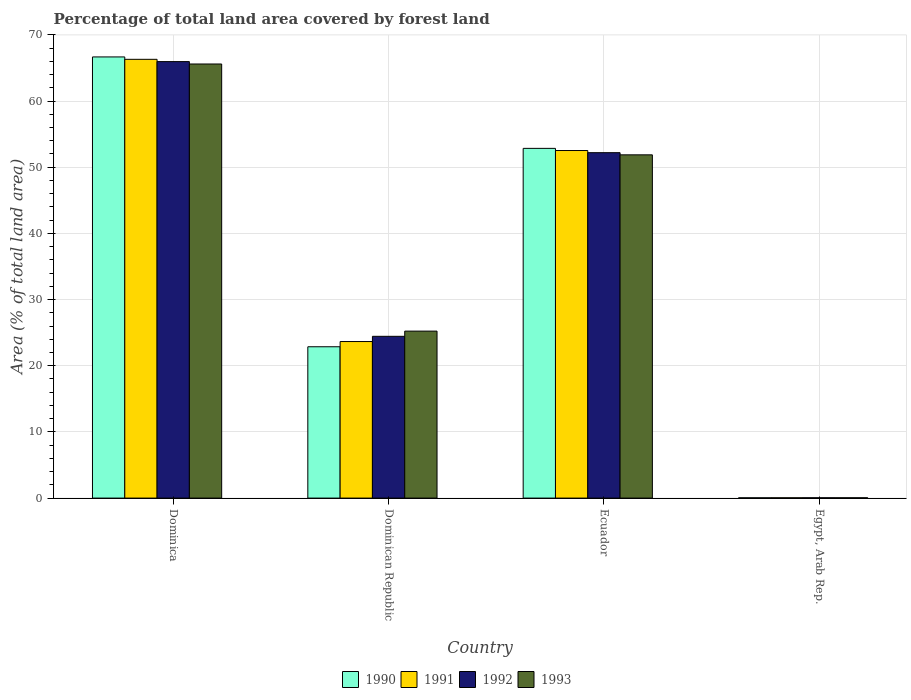
| Country | 1990 | 1991 | 1992 | 1993 |
 | --- | --- | --- | --- | --- |
 | Dominica | 66.7 | 66.3 | 66 | 65.6 |
 | Dominican Republic | 22.9 | 23.7 | 24.4 | 25.2 |
 | Ecuador | 52.8 | 52.5 | 52.2 | 51.9 |
 | Egypt, Arab Rep. | 0.0442 | 0.0457 | 0.0472 | 0.0487 |